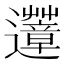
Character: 𨙏